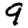
Digit: 9